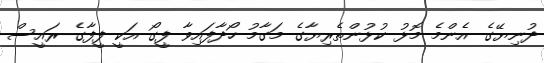
ދުނިޔޭގެ އެންމެ މޮޅު ކުޅުންތެރިޔާގެ މަގާމު ހޯދާފައިވާ ފީގޯ އަކީ ފީފާގެ ރައީސް